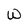
Character: w